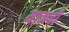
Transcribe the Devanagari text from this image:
याजदी